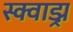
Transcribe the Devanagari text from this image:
स्क्वाड्र्न